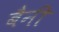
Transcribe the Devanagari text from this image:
बैनी